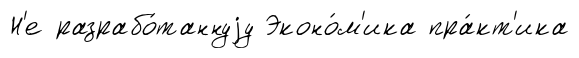
Н'е разрабо́таннуjу Эконо́м'ика пра́кт'ика